Vaccination in the Punjab 1867-1880 - 1867-1880
Year: 1867
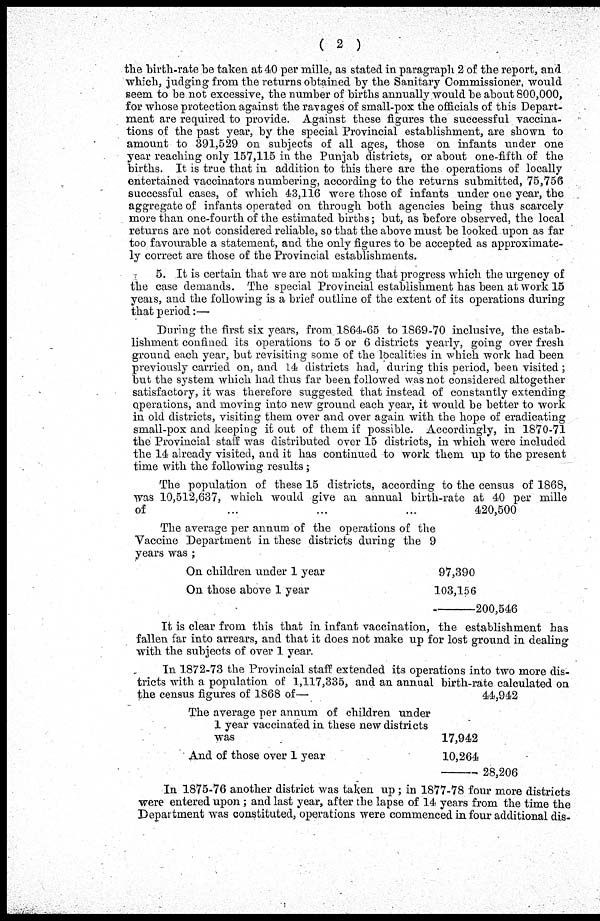
( 2 )
the birth-rate he taken at 40 per mille, as stated in paragraph 2 of the report, and
which, judging from the returns obtained by the Sanitary Commissioner, would
seem to be not excessive, the number of births annually would be about 800,000,
for whose protection against the ravages of small-pox the officials of this Depart-
ment are required to provide. Against these figures the successful vaccina-
tions of the past year, by the special Provincial establishment, are shown to
amount to 391,529 on subjects of all ages, those on infants tinder one
year reaching only 157,115 in the Punjab districts, or about one-fifth of the
births. It is true that in addition to this there are the operations of locally
entertained vaccinators numbering, according to the returns submitted, 75,756
successful cases, of which 43,116 were those of infants under one year, the
aggregate of infants operated on through both agencies being thus scarcely
more than one-fourth of the estimated births; but, as before observed, the local
returns are not considered reliable, so that the above must be looked upon as far
too favourable a statement, and the only figures to be accepted as approximate-
ly correct are those of the Provincial establishments.
5. It is certain that we are not making that progress which the urgency of
the case demands. The special Provincial establishment has been at work 15
years, and the following is a brief outline of the extent of its operations during
that period:—
During the first six years, from 1864-65 to 1869-70 inclusive, the estab-
lishment confined its operations to 5 or 6 districts yearly, going over fresh
ground each year, but revisiting some of the localities in which work had been
previously carried on, and 14 districts had, during this period, been visited ;
but the system which had thus far been followed was not considered altogether
satisfactory, it was therefore suggested that instead of constantly extending
operations, and moving into new ground each year, it would be better to work
in old districts, visiting them over and over again with the hope of eradicating
small-pox and keeping it out of them if possible. Accordingly, in 1870-71
the Provincial staff was distributed over 15 districts, in which were included
the 14 already visited, and it has continued to work them up to the present
time with the following results ;
The population of these 15 districts, according to the census of 1868,
was 10,512,637, which would give an annual birth-rate at 40 per mille
of
...
...
...
420,500
The average per annum of the operations of the
Vaccine Department in these districts during the 9
years was :
On children under 1 year
On those above 1 year
97,390
103,156
200,546
It is clear from this that in infant vaccination, the establishment has
fallen far into arrears, and that it does not make up for lost ground in dealing
with the subjects of over 1 year.
In 1872-73 the Provincial staff extended its operations into two more dis-
tricts with a population of 1,117,335, and an annual birth-rate calculated on
the census figures of 1868 of—
44.942
The average per annum of children under
1 year vaccinated in these new districts
was
And of those over 1 year
17,942
10,264
28,206
In 1875-76 another district was taken up ; in 1877-78 four more districts
were entered upon ; and last year, after the lapse of 14 years from the time the
Department was constituted, operations were commenced in four additional dis¬